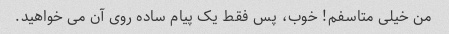
من خیلی متاسفم! خوب، پس فقط یک پیام ساده روی آن می خواهید.